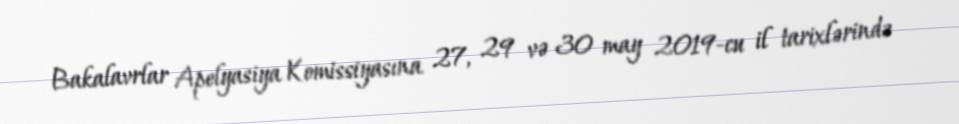
Bakalavrlar Apelyasiya Komissiyasına 27, 29 və 30 may 2019-cu il tarixlərində